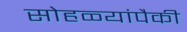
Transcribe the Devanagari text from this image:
सोहळ्यांपैकी